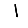
Digit: 1